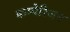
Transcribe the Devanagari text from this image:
कम्पेरिजन